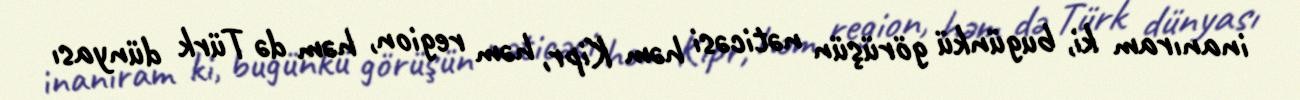
inanıram ki, bugünkü görüşün nəticəsi həm Kipr, həm region, həm də Türk dünyası